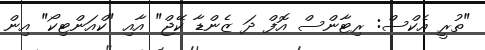
"ތުރީ އެކްސް: ރިޓާންސް އޮފް ދަ ޒެންޑާ ކޭޖް" އާއި "ކްއަންޓިކޯ" އިން